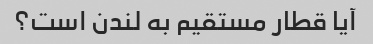
آیا قطار مستقیم به لندن است؟